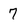
Character: 7